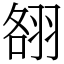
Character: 䎊